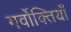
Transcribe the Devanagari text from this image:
गर्वोक्तियाँ